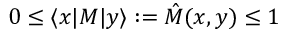
0 \le \langle x | M | y \rangle : = \hat { M } ( x , y ) \le 1